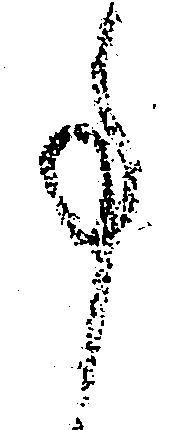
事